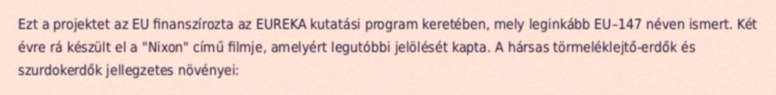
Ezt a projektet az EU finanszírozta az EUREKA kutatási program keretében, mely leginkább EU–147 néven ismert. Két évre rá készült el a "Nixon" című filmje, amelyért legutóbbi jelölését kapta. A hársas törmeléklejtő-erdők és szurdokerdők jellegzetes növényei: